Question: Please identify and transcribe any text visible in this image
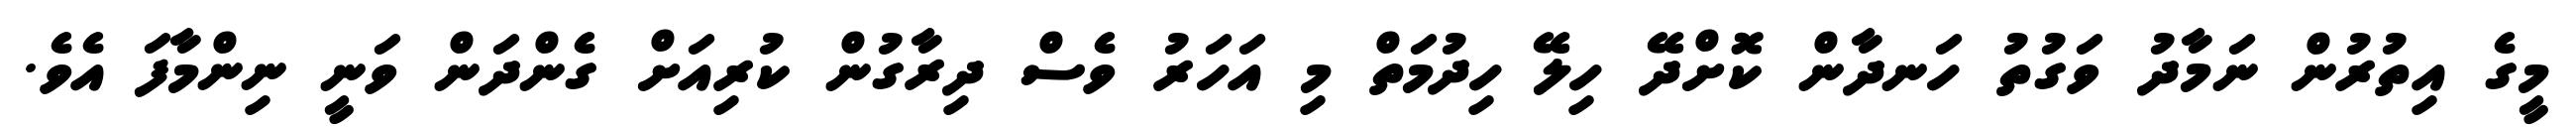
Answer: މީގެ އިތުރުން ނަމާދު ވަގުތު ހަނދާން ކޮށްދޭ ހިލޭ ހިދުމަތް މި އަހަރު ވެސް ދިރާގުން ކުރިއަށް ގެންދަން ވަނީ ނިންމާފަ އެވެ.